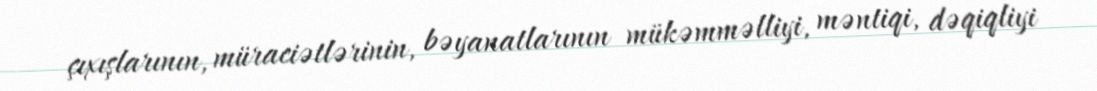
çıxışlarının, müraciətlərinin, bəyanatlarının mükəmməlliyi, məntiqi, dəqiqliyi